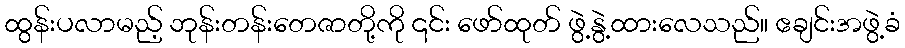
ထွန်းပလာမည့် ဘုန်းတန်းတေဇာတို့ကို ၎င်း ဖော်ထုတ် ဖွဲ့နွဲ့ထားလေသည်။ ဧချင်းအဖွဲ့ခံ